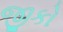
જીકો